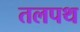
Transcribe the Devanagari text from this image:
तलपथ